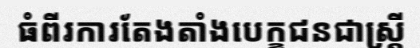
ធំពីរការតែងតាំងបេក្ខជនជាស្ត្រី